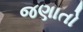
જણાતો